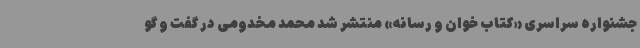
جشنواره سراسری «کتاب خوان و رسانه» منتشر شد محمد مخدومی در گفت و گو